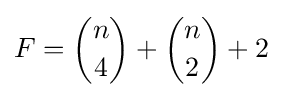
F={n \choose 4}+{n \choose 2}+2